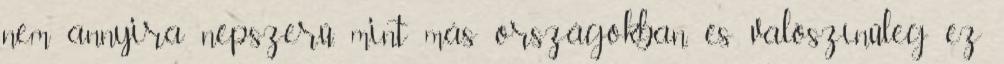
nem annyira népszerű, mint más országokban, és valószínűleg ez